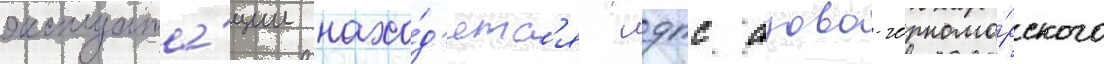
эксплуата́ции нахо́д'ятс'я мдпс азово-черномо́рского